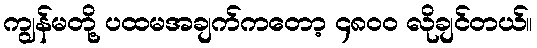
ကျွန်မတို့ ပထမအချက်ကတော့ ၄၈၀၀ လိုချင်တယ်။